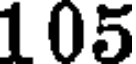
105